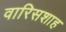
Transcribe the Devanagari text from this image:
वारिसशाह